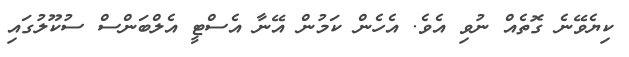
ކިޔެވޭނެ ގޮތެއް ނުވި އެވެ. އެހެން ކަމުން އޭނާ އެސްޓީ އެލްބަންސް ސުކޫލުގައި